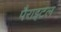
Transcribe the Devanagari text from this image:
पैराइटल